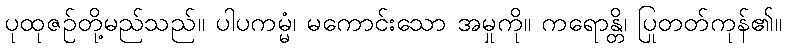
ပုထုဇဉ်တို့မည်သည်။ ပါပကမ္မံ၊ မကောင်းသော အမှုကို။ ကရောန္တိ၊ ပြုတတ်ကုန်၏။